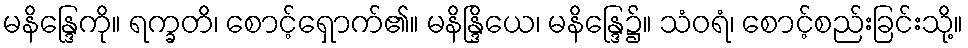
မနိန္ဒြေကို။ ရက္ခတိ၊ စောင့်ရှောက်၏။ မနိန္ဒြိယေ၊ မနိန္ဒြေ၌။ သံဝရံ၊ စောင့်စည်းခြင်းသို့။